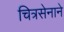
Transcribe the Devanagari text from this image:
चित्रसेनाने